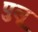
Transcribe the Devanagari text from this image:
पुलू